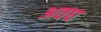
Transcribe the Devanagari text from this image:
अवघ